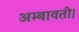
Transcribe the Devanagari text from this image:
अम्बावती।